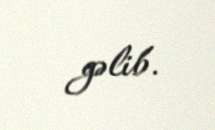
gəlib.